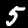
Digit: 5